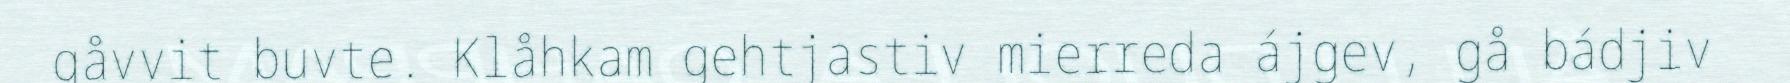
gåvvit buvte. Klåhkam gehtjastiv mierreda ájgev, gå bádjiv